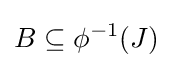
B\subseteq \phi ^{-1}(J)